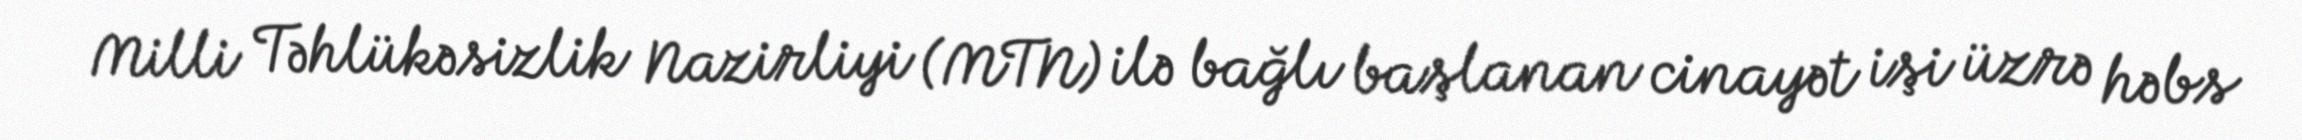
Milli Təhlükəsizlik Nazirliyi (MTN) ilə bağlı başlanan cinayət işi üzrə həbs